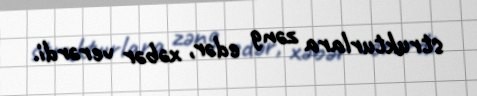
strukturlara zəng edər, xəbər verərdi.